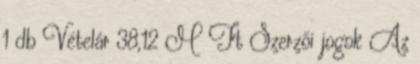
1 db Vételár 38,12 M Ft Szerzői jogok Az